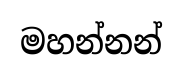
මහන්නන්